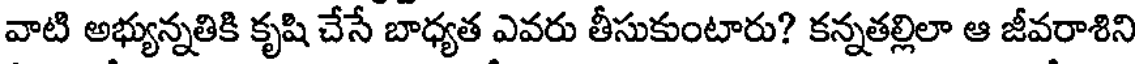
వాటి అభ్యున్నతికి కృషి చేసే బాధ్యత ఎవరు తీసుకుంటారు? కన్నతల్లిలా ఆ జీవరాశిని